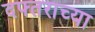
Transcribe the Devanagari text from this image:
दफ्तराच्या